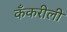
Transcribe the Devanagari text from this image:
कँकरीली